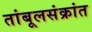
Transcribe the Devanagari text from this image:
तांबूलसंक्रांत